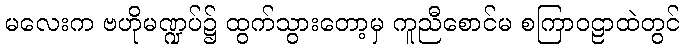
မလေးက ဗဟိုမဏ္ဍပ်၌ ထွက်သွားတော့မှ ကူညီစောင်မ စကြာဝဠာထဲတွင်